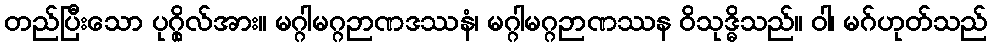
တည်ပြီးသော ပုဂ္ဂိုလ်အား။ မဂ္ဂါမဂ္ဂဉာဏဒဿနံ၊ မဂ္ဂါမဂ္ဂဉာဏဿန ဝိသုဒ္ဓိသည်။ ဝါ၊ မဂ်ဟုတ်သည်